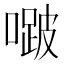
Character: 𭊱